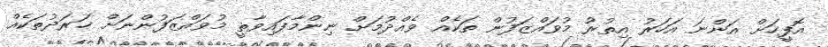
އޮފީހަށް އަންނަ އަހަރު އިތުރު މުވައްޒަފުން ތަކެއް ވެއްދުމަށް ނިންމާފައިވާތީ މުވައްޒަފުންނަށް ޚަރަދުތަކެއް